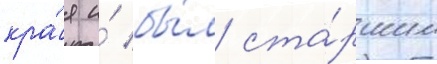
кра́я и́ бы́л ста́ршим